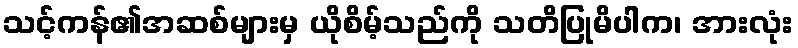
သင့်ကန်၏အဆစ်များမှ ယိုစိမ့်သည်ကို သတိပြုမိပါက၊ အားလုံး